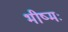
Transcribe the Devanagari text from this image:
भीष्मः